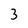
Character: 3